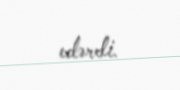
edərdi.